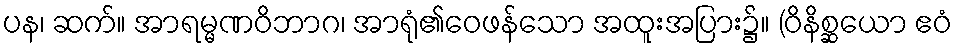
ပန၊ ဆက်။ အာရမ္မဏဝိဘာဂ၊ အာရုံ၏ဝေဖန်သော အထူးအပြား၌။ (ဝိနိစ္ဆယော ဧဝံ